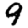
Digit: 9